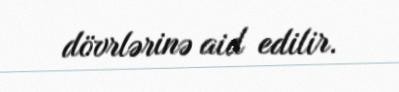
dövrlərinə aid edilir.